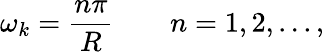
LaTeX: \omega_{k}=\frac{n\pi}{R}\qquad n=1,2,...,